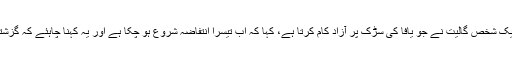
در ایں اثنا اس سروے میں شامل ایک شخص گالیت نے جو یافا کی سڑک پر آزاد کام کرتا ہے، کہا کہ اب تیسرا انتفاضہ شروع ہو چکا ہے اور یہ کہنا چاہئے کہ گزشتہ انتفاضہ ہمارے لئے بدترین تھا۔